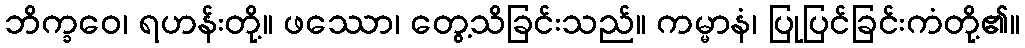
ဘိက္ခဝေ၊ ရဟန်းတို့။ ဖဿော၊ တွေ့သိခြင်းသည်။ ကမ္မာနံ၊ ပြုပြင်ခြင်းကံတို့၏။